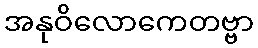
အနုဝိလောကေတဗ္ဗာ